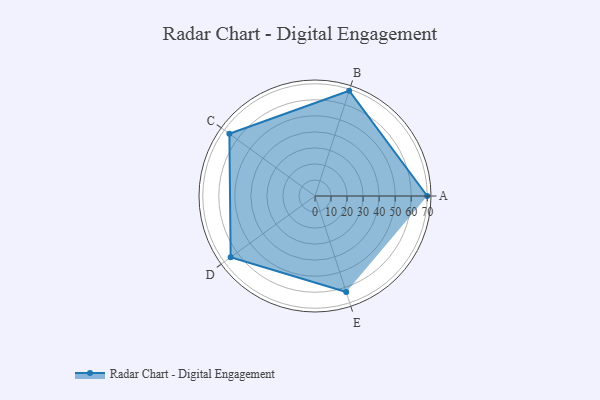
{"axis": {"x": "Skill", "y": "Score"}, "legend": ["Profile"], "data": [{"x": "A", "y": 70.0, "type": "Profile"}, {"x": "B", "y": 69.0, "type": "Profile"}, {"x": "C", "y": 66.0, "type": "Profile"}, {"x": "D", "y": 65.0, "type": "Profile"}, {"x": "E", "y": 63.0, "type": "Profile"}]}